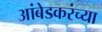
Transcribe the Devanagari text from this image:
आंबेडकरंच्या